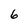
Character: 6